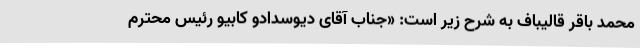
محمد باقر قالیباف به شرح زیر است: «جناب آقای دیوسدادو کابیو رئیس محترم